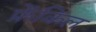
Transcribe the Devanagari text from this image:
फ्रेंकिल